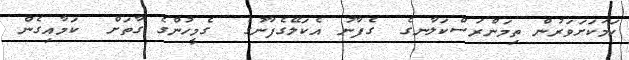
ހަމަކަށަވަރުން ތިމަންރަސްކަލާނގެ  ގެފާނު އެކަލޭގެފާނުގެ  ގެމީހުންގެ ގާތަށް  ކަމާއިގެން